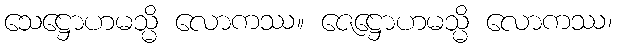
သေဋ္ဌောဟမသ္မိ လောကဿ။ ဇေဋ္ဌောဟမသ္မိ လောကဿ၊